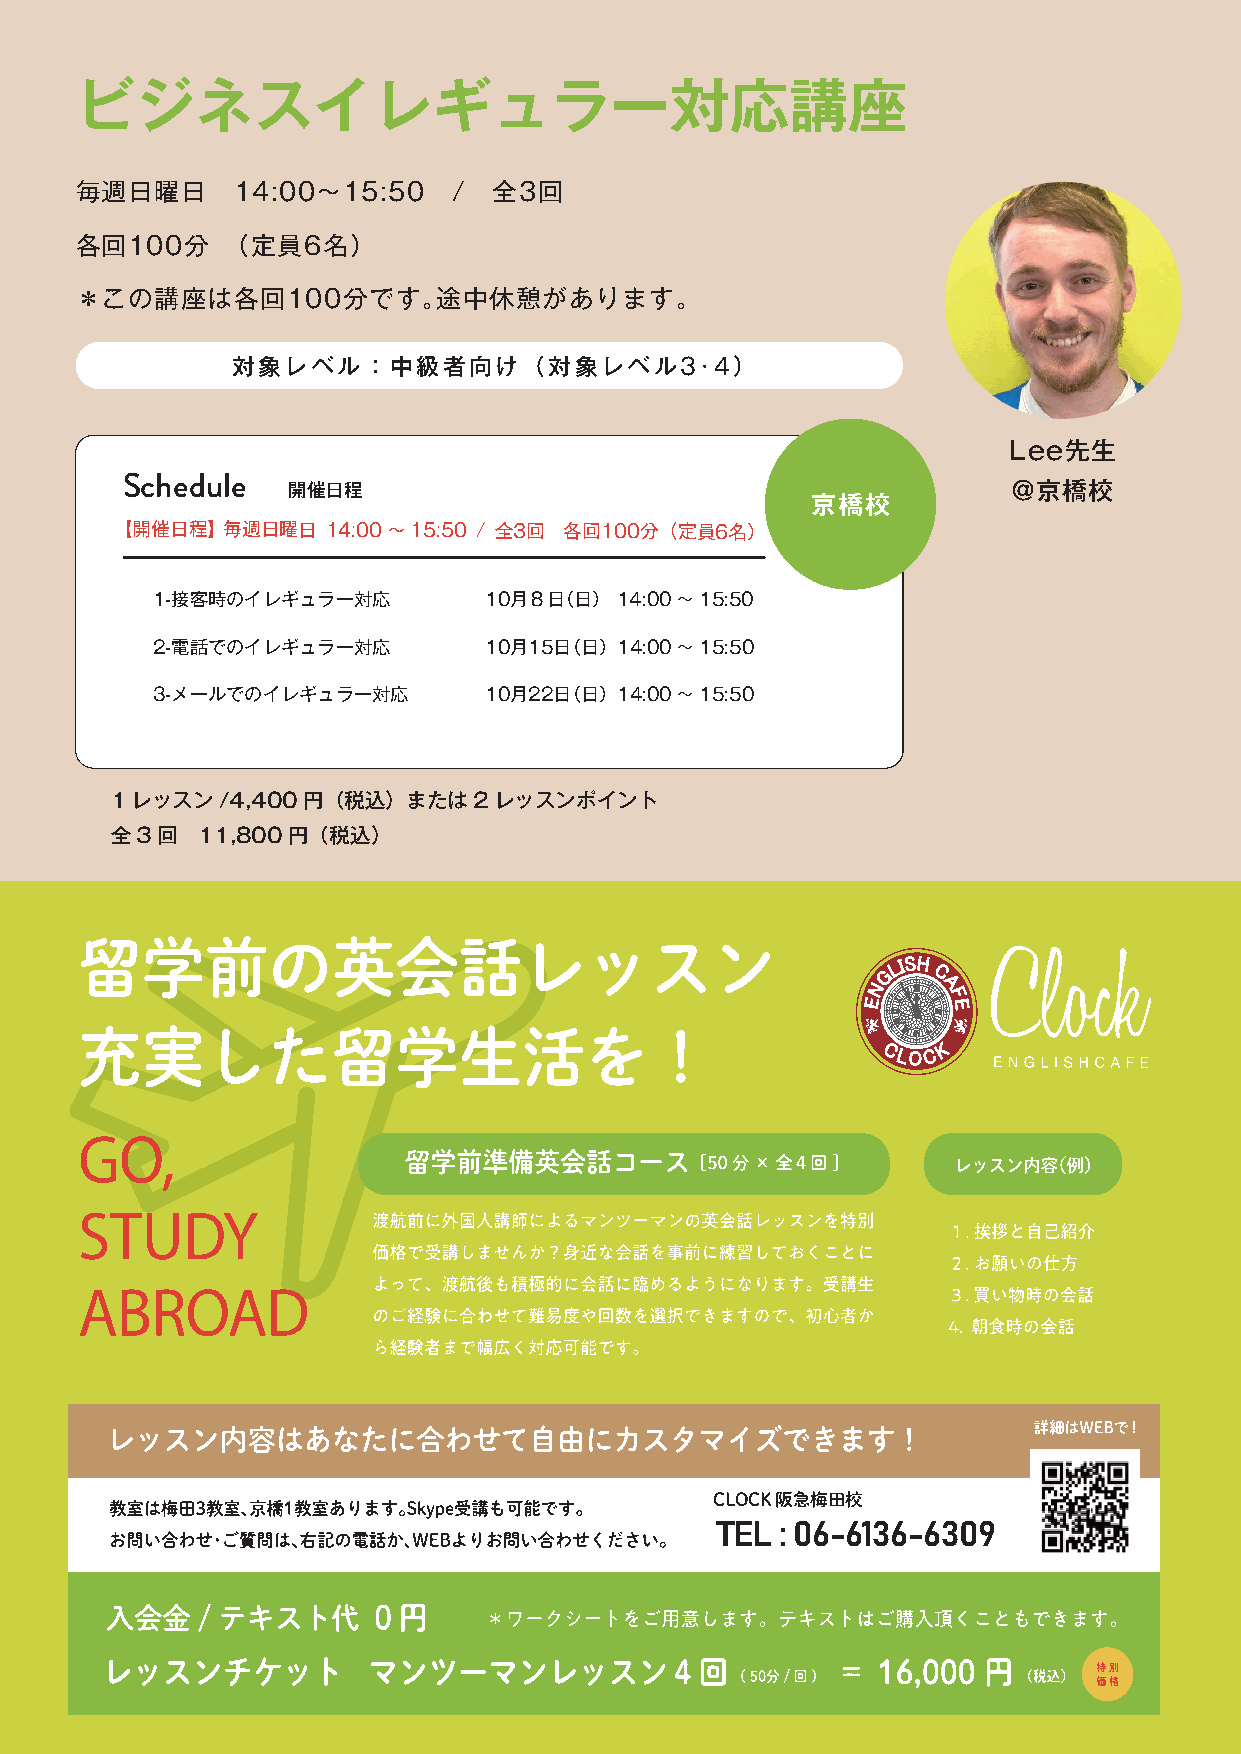
ビジネスイレギュラー対応講座
 毎週日曜日      14:00〜15:50   /  全3回
 各回100分    （定員6名）
 ＊この講座は各回100分です。途中休憩があります。
 対象レベル：中級者向け（対象レベル3･4)
 Lee先生
 Schedule   開催日程                                            @京橋校
 京橋校
 【開催日程】 毎週日曜日  14:00〜15:50 / 全3回 各回100分 （定員6名）
 1-接客時のイレギュラー対応        10月８日（日） 14:00〜15:50
 2-電話でのイレギュラー対応        10月15日（日） 14:00〜15:50
 3-メールでのイレギュラー対応       10月22日（日） 14:00〜15:50
 1レッスン/4,400円（税込）または2レッスンポイント
 全3回   11,800円（税込）
 CLOCK 阪急梅田校
 TEL  : 06-6136-6309